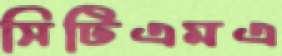
সিটিএমএ